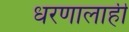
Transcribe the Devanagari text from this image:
धरणालाही